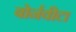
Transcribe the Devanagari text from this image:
बोर्नवीटा